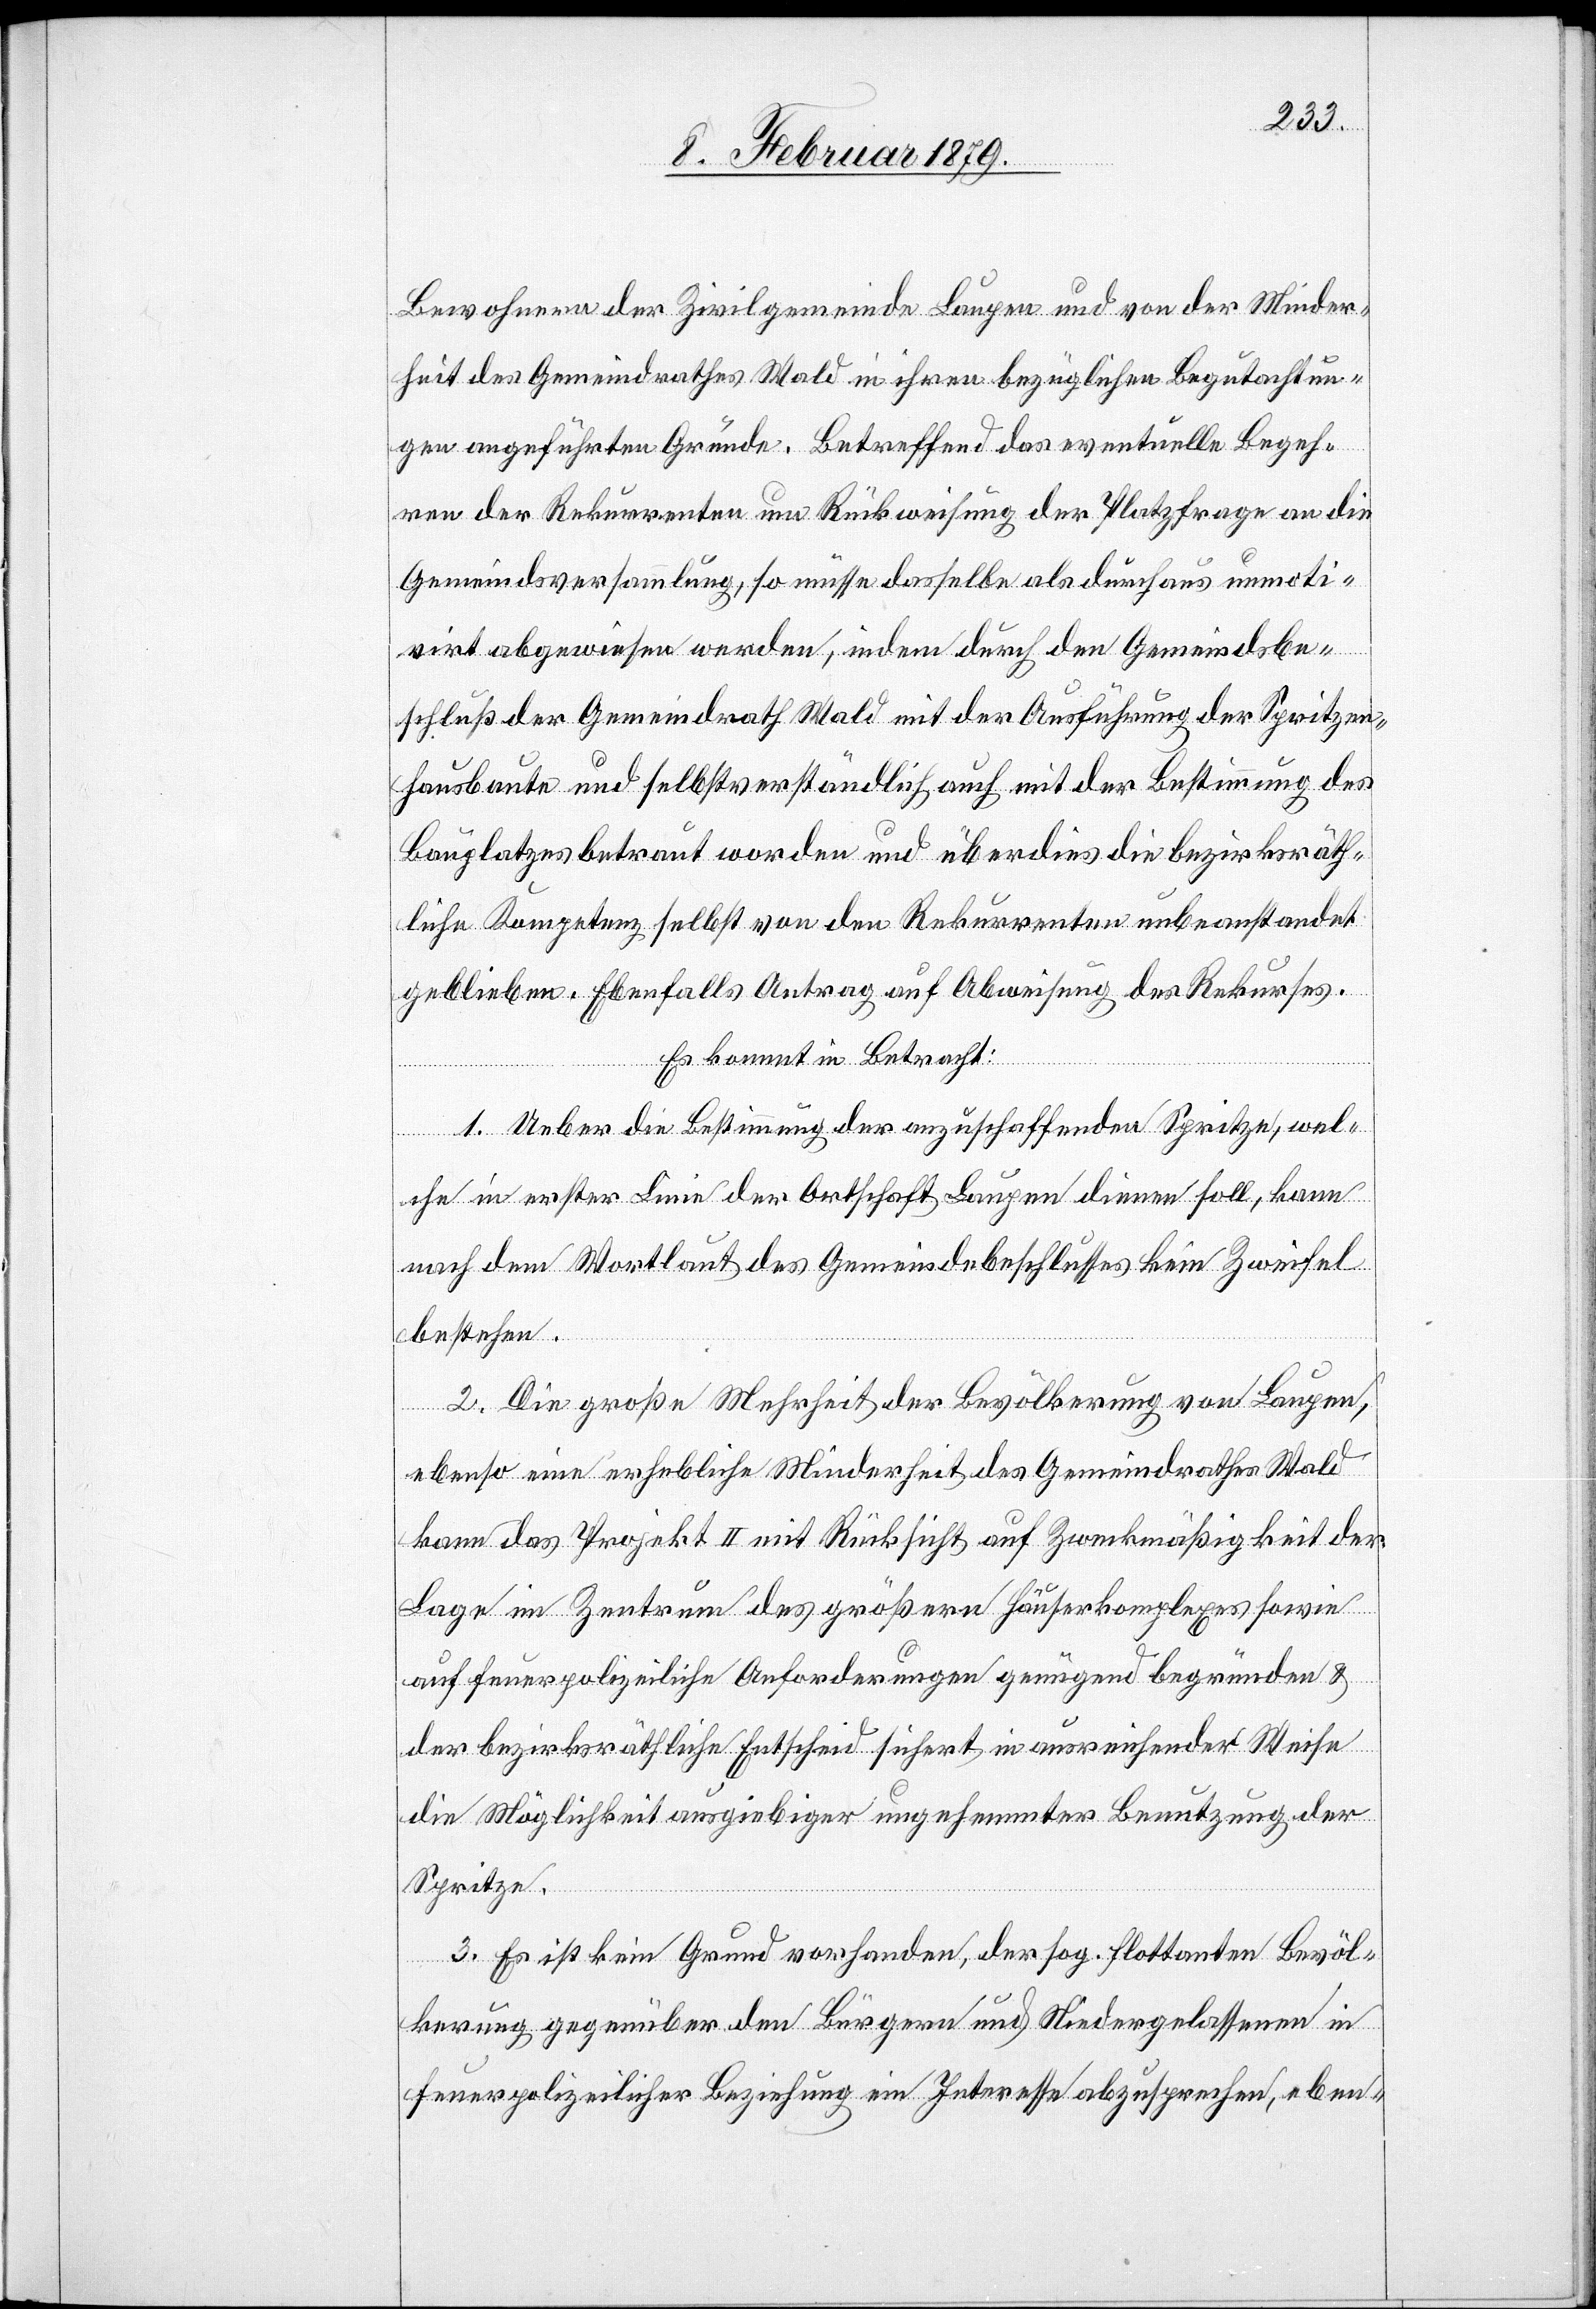
Bewohnern der Zivilgemeinde Laupen und von der Minder¬
heit des Gemeindrathes Wald in ihren bezüglichen Begutachtun¬
gen angeführten Gründe. Betreffend das eventuelle Begeh¬
ren der Rekurrenten um Rückweisung der Platzfrage an die
Gemeindsversammlung, so müsse dasselbe als durchaus unmoti¬
virt abgewiesen werden, indem durch den Gemeindsbe¬
schluss der Gemeindrath Wald mit der Ausführung der Spritzen¬
hausbaute und selbstverständlich auch mit der Bestimmung des
Bauplatzes betraut worden und überdies die bezirksräth¬
liche Kompetenz selbst von den Rekurrenten unbeanstandet
geblieben. Ebenfalls Antrag auf Abweisung des Rekurses.
Es kommt in Betracht:
1. Ueber die Bestimmung der anzuschaffenden Spritze, wel¬
che in erster Linie der Ortschaft Laupen dienen soll, kann
nach dem Wortlaut des Gemeindebeschlusses kein Zweifel
bestehen.
2. Die große Mehrheit der Bevölkerung von Laupen,
ebenso eine erhebliche Minderheit des Gemeindrathes Wald
kann das Projekt II mit Rücksicht auf Zweckmäßigkeit der
Lage im Zentrum des größern Häuserkomplexes sowie
auf feuerpolizeiliche Anforderungen genügend begründen &
der bezirksräthliche Entscheid sichert in ausreichender Weise
die Möglichkeit ausgiebiger ungehemmter Benutzung der
Spritze.
3. Es ist kein Grund vorhanden, der sog. flottanten Bevöl¬
kerung gegenüber den Bürgern und Niedergelassenen in
feuerpolizeilicher Beziehung ein Interesse abzusprechen, eben-